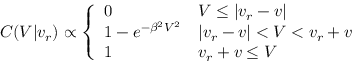
C ( V | v _ { r } ) \propto \left\{ \begin{array} { l l } { 0 } & { V \leq | v _ { r } - v | } \\ { 1 - e ^ { - \beta ^ { 2 } V ^ { 2 } } } & { | v _ { r } - v | < V < v _ { r } + v } \\ { 1 } & { v _ { r } + v \leq V } \end{array} \right.